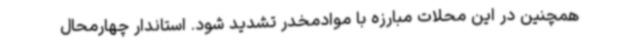
همچنین در این محلات مبارزه با موادمخدر تشدید شود. استاندار چهارمحال